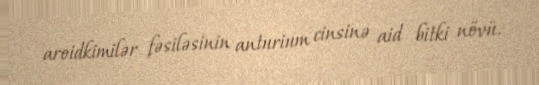
aroidkimilər fəsiləsinin anturium cinsinə aid bitki növü.